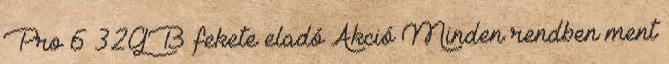
Pro 6 32GB fekete eladó Akció Minden rendben ment